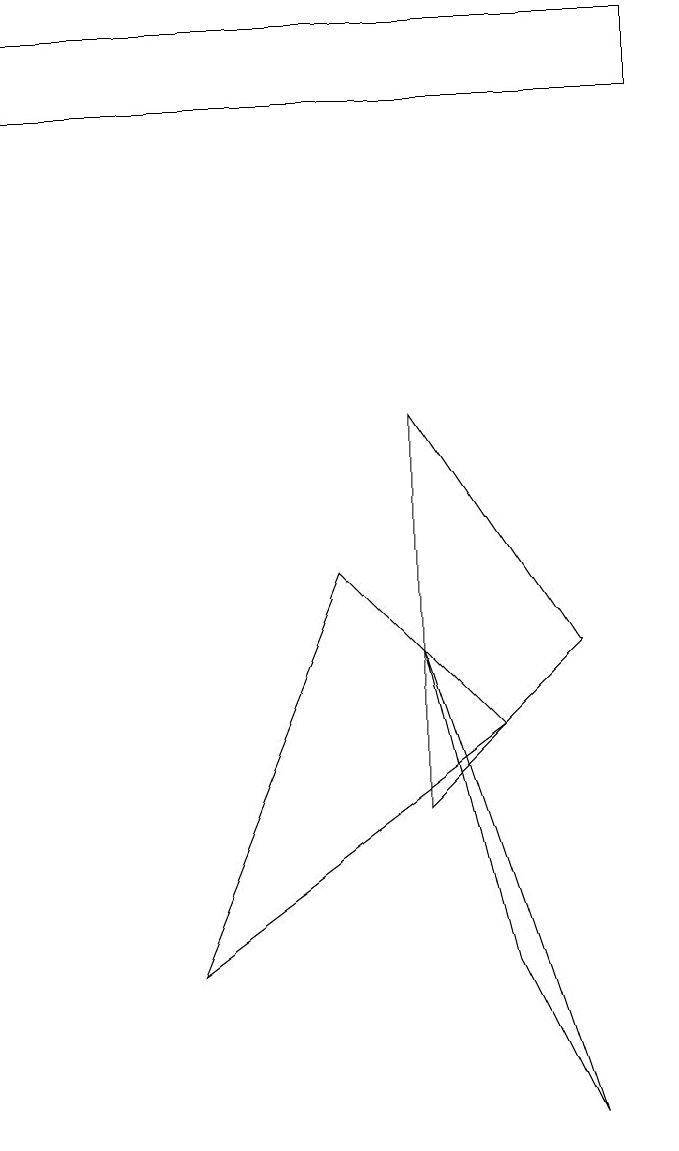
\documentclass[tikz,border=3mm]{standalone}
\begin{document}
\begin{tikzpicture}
\draw (8,0) -- (6,6) -- (7,2) -- cycle;
\draw (9,14) rectangle (1,13);
\draw (3,2) -- (5,7) -- (7,5) -- cycle;
\draw (8,6) -- (6,9) -- (6,4) -- cycle;
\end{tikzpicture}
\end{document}